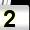
Digit: 2